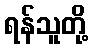
ရန်သူတို့